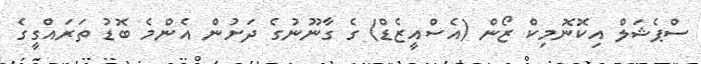
ސްޕެޝަލް އިކޮނޮމިކް ޒޯން (އެސްއީޒެޑް) ގެ ގާނޫނުގެ ދަށުން އެންމެ ބޮޑު ތަރައްގީގެ